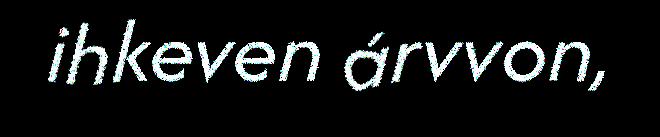
ihkeven árvvon,